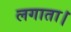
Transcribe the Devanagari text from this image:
लगाता।